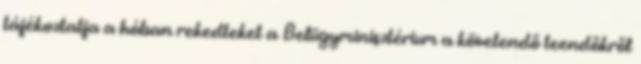
tájékoztatja a hóban rekedteket a Belügyminisztérium a követendő teendőkről